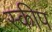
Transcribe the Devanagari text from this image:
स्कीप